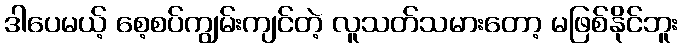
ဒါပေမယ့် စေ့စပ်ကျွမ်းကျင်တဲ့ လူသတ်သမားတော့ မဖြစ်နိုင်ဘူး